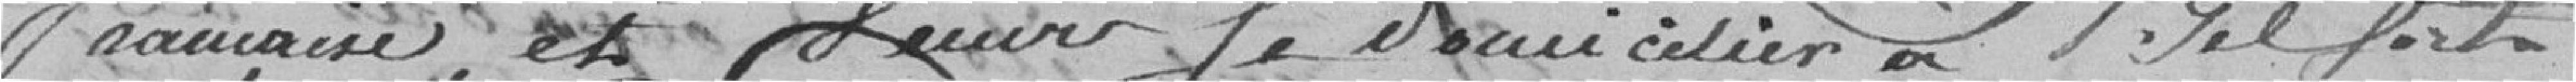
française, et venir se domicilier à Belfort